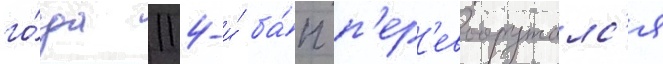
го́да 114-и́ ба́п п'ер'евооружалс'я